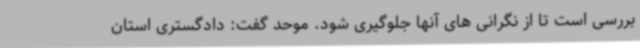
بررسی است تا از نگرانی های آنها جلوگیری شود. موحد گفت: دادگستری استان